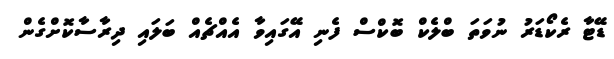
ޑޭޓާ ރެކޯޑަރު ނުވަތަ ބްލެކް ބޮކްސް ފެނި އޭގައިވާ އެއްޗެއް ބަލައި ދިރާސާކޮށްގެން